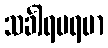
သင်္ခါရပရမာ